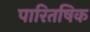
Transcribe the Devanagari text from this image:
पारितषिक